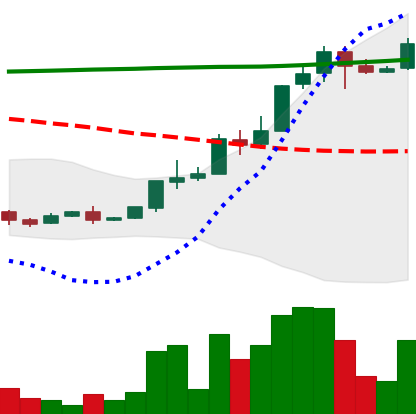
Ticker: XLM-USD
Chart end date: 2018-04-24
Forward return: 14.41%
Label: up_7plus